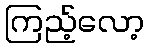
ကြည့်လော့